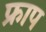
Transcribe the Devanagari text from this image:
फ्राप